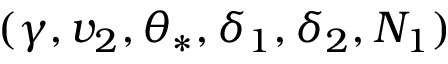
( \gamma , v _ { 2 } , \theta _ { \ast } , \delta _ { 1 } , \delta _ { 2 } , N _ { 1 } )